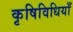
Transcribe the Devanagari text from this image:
कृषिविधियाँ